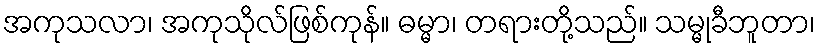
အကုသလာ၊ အကုသိုလ်ဖြစ်ကုန်။ ဓမ္မာ၊ တရားတို့သည်။ သမ္မုခီဘူတာ၊